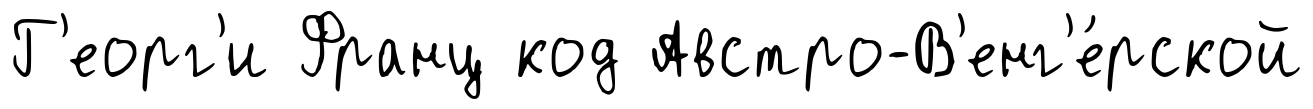
Г'еорг'и Франц код Австро-В'енг'е́рской